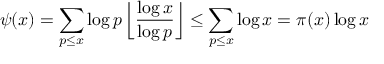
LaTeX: \psi ( x ) = \sum _ { p \leq x } \log p \left\lfloor { \frac { \log x } { \log p } } \right\rfloor \leq \sum _ { p \leq x } \log x = \pi ( x ) \log x